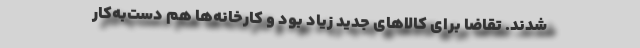
شدند. تقاضا برای کالاهای جدید زیاد بود و کارخانه‌ها هم دست‌به‌کار